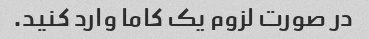
در صورت لزوم یک کاما وارد کنید.